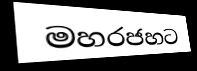
මහරජහට